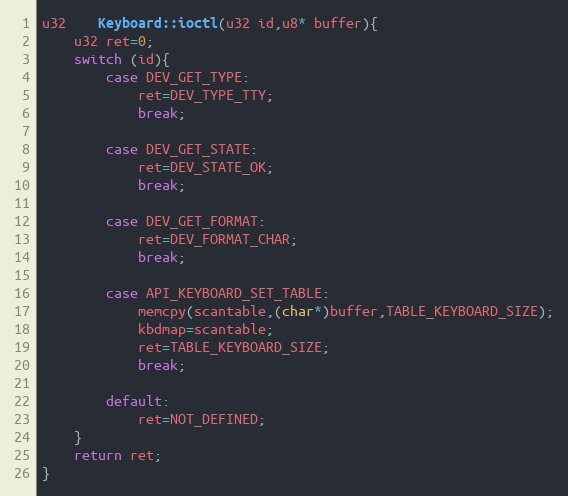
Language: C++
u32	Keyboard::ioctl(u32 id,u8* buffer){
	u32 ret=0;
	switch (id){
		case DEV_GET_TYPE:
			ret=DEV_TYPE_TTY;
			break;

		case DEV_GET_STATE:
			ret=DEV_STATE_OK;
			break;

		case DEV_GET_FORMAT:
			ret=DEV_FORMAT_CHAR;
			break;

		case API_KEYBOARD_SET_TABLE:
			memcpy(scantable,(char*)buffer,TABLE_KEYBOARD_SIZE);
			kbdmap=scantable;
			ret=TABLE_KEYBOARD_SIZE;
			break;

		default:
			ret=NOT_DEFINED;
	}
	return ret;
}